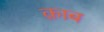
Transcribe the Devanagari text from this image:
क़ाब